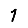
Digit: 1